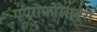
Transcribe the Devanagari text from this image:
एग्रोफोरेस्ट्री